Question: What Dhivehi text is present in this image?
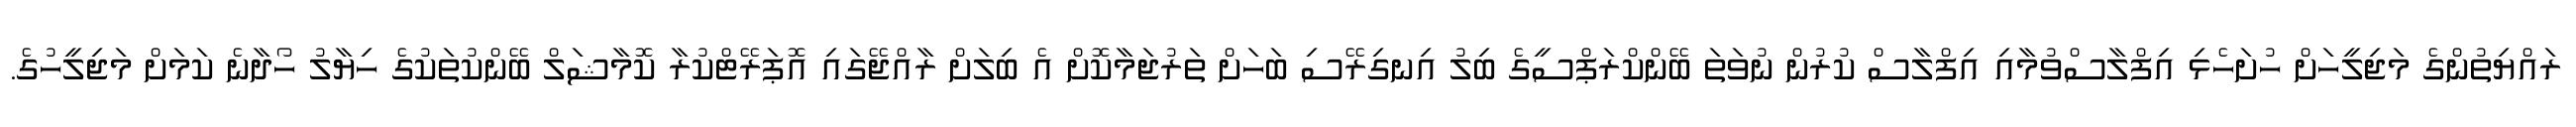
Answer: ރައްޔިތުންގެ މަޖިލީހަށް ހުށަހެޅި އިފްލާސްވުމާއި އިފްލާސް ކުރުން ނުވަތަ ބޭންކްރަޕްސީގެ ބިލު އިނގިރޭސި ބަހަށް ތަރުޖަމާކޮށް އެ ބިލަށް ރާއްޖޭގައި އޮޕަރޭޓްކުރާ ކޮމާޝަލް ބޭންކުތަކުގެ ހިޔާލު ހޯދާނެ ކަމަށް މަޖިލީހުގެ.